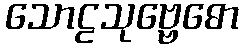
သောဠသုဗ္ဗေဓော